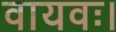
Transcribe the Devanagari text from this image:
वायवः।